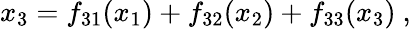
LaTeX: x_{3}=f_{31}(x_{1})+f_{32}(x_{2})+f_{33}(x_{3})\ ,